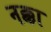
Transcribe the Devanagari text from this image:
नक्का